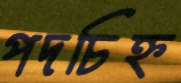
পদচিহ্ন